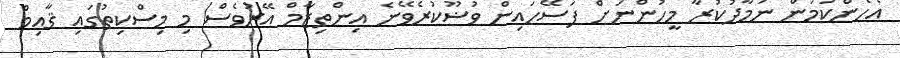
އެހެންކަމުން ނަމާދުކުރާ މީހުންނަށް ފަސޭހައިން ވުޟޫކުރެވޭނެ އިންތިޒާމް އޭރުވެސް މި މިސްކިތުގައި ޤާއިމް